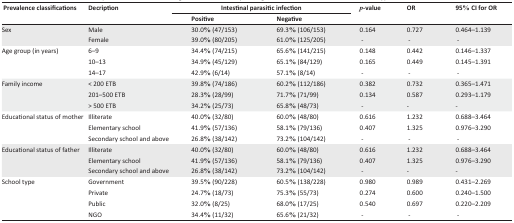
<table><thead><tr><td rowspan="3"><b>Prevalence classifications</b></td><td rowspan="3"><b>Decription</b></td><td colspan="2"><b>Intestinal parasitic infection</b></td><td rowspan="3"><b><i>p</i>-value</b></td><td rowspan="3"><b>OR</b></td><td rowspan="3"><b>95% CI for OR</b></td></tr><tr><td><b>Positive</b></td><td><b>Negative</b></td></tr></thead><tbody><tr><td>Sex</td><td>Male</td><td>30.0% (47/153)</td><td>69.3% (106/153)</td><td>0.164</td><td>0.727</td><td>0.464–1.139</td></tr><tr><td></td><td>Female</td><td>39.0% (80/205)</td><td>61.0% (125/205)</td><td>-</td><td>-</td><td>-</td></tr><tr><td>Age group (in years)</td><td>6–9</td><td>34.4% (74/215)</td><td>65.6% (141/215)</td><td>0.148</td><td>0.442</td><td>0.146–1.337</td></tr><tr><td></td><td>10–13</td><td>34.9% (45/129)</td><td>65.1% (84/129)</td><td>0.165</td><td>0.449</td><td>0.145–1.391</td></tr><tr><td></td><td>14–17</td><td>42.9% (6/14)</td><td>57.1% (8/14)</td><td>-</td><td>-</td><td>-</td></tr><tr><td>Family income</td><td>&lt; 200 ETB</td><td>39.8% (74/186)</td><td>60.2% (112/186)</td><td>0.382</td><td>0.732</td><td>0.365–1.471</td></tr><tr><td></td><td>201–500 ETB</td><td>28.3% (28/99)</td><td>71.7% (71/99)</td><td>0.134</td><td>0.587</td><td>0.293–1.179</td></tr><tr><td></td><td>&gt; 500 ETB</td><td>34.2% (25/73)</td><td>65.8% (48/73)</td><td>-</td><td>-</td><td>-</td></tr><tr><td>Educational status of mother</td><td>Illiterate</td><td>40.0% (32/80)</td><td>60.0% (48/80)</td><td>0.616</td><td>1.232</td><td>0.688–3.464</td></tr><tr><td></td><td>Elementary school</td><td>41.9% (57/136)</td><td>58.1% (79/136)</td><td>0.407</td><td>1.325</td><td>0.976–3.290</td></tr><tr><td></td><td>Secondary school and above</td><td>26.8% (38/142)</td><td>73.2% (104/142)</td><td>-</td><td>-</td><td>-</td></tr><tr><td>Educational status of father</td><td>Illiterate</td><td>40.0% (32/80)</td><td>60.0% (48/80)</td><td>0.616</td><td>1.232</td><td>0.688–3.464</td></tr><tr><td></td><td>Elementary school</td><td>41.9% (57/136)</td><td>58.1% (79/136)</td><td>0.407</td><td>1.325</td><td>0.976–3.290</td></tr><tr><td></td><td>Secondary school and above</td><td>26.8% (38/142)</td><td>73.2% (104/142)</td><td>-</td><td>-</td><td>-</td></tr><tr><td>School type</td><td>Government</td><td>39.5% (90/228)</td><td>60.5% (138/228)</td><td>0.980</td><td>0.989</td><td>0.431–2.269</td></tr><tr><td></td><td>Private</td><td>24.7% (18/73)</td><td>75.3% (55/73)</td><td>0.274</td><td>0.600</td><td>0.240–1.500</td></tr><tr><td></td><td>Public</td><td>32.0% (8/25)</td><td>68.0% (17/25)</td><td>0.540</td><td>0.697</td><td>0.220–2.209</td></tr><tr><td></td><td>NGO</td><td>34.4% (11/32)</td><td>65.6% (21/32)</td><td>-</td><td>-</td><td>-</td></tr></tbody></table>